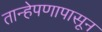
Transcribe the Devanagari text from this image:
तान्हेपणापासून